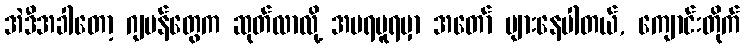
အဲဒီအခါတော့ ဂျပန်တွေက ဆုတ်လာလို့ အမရပူရမှာ အတော် များနေပါတယ်, ကျောင်းတိုက်